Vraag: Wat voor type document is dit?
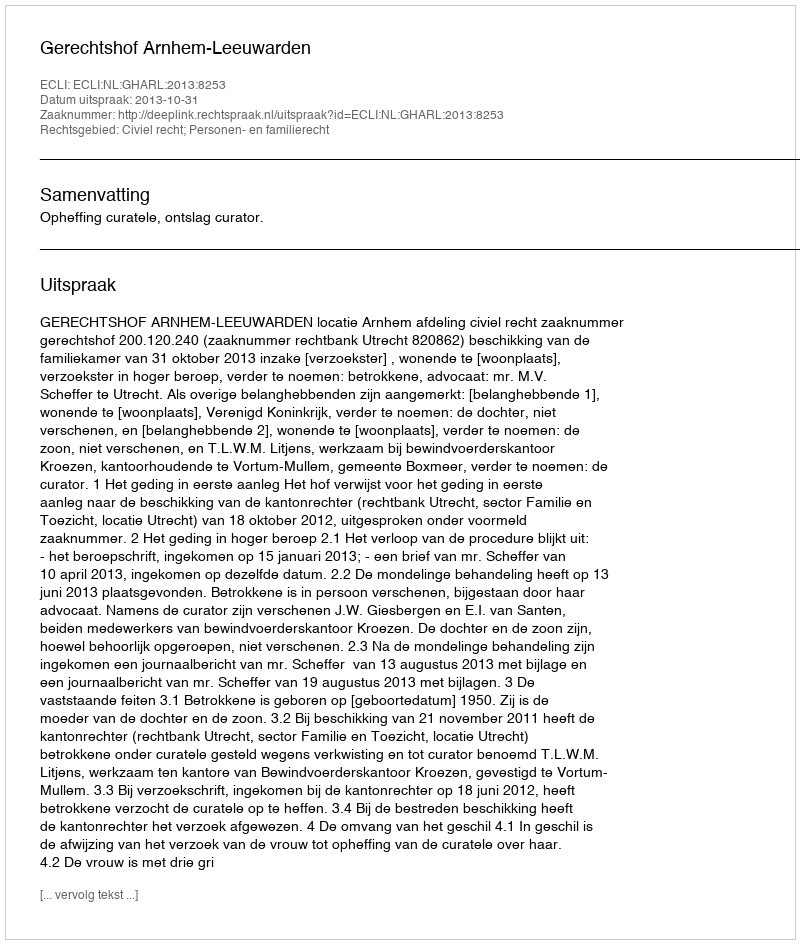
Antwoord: Uitspraak